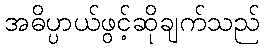
အဓိပ္ပာယ်ဖွင့်ဆိုချက်သည်